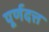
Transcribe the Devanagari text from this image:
पूर्णदत्त